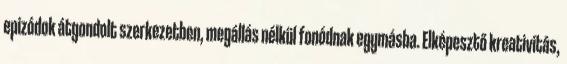
epizódok átgondolt szerkezetben, megállás nélkül fonódnak egymásba. Elképesztő kreativitás,